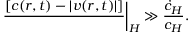
{ \left. { \frac { \d [ c ( r , t ) - | v ( r , t ) | ] } { \d r } } \right| _ { H } \gg { \frac { \dot { c } _ { H } } { c _ { H } } } } .